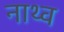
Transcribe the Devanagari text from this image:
नाथ्व